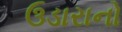
ઉડારાનો